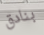
بنادق